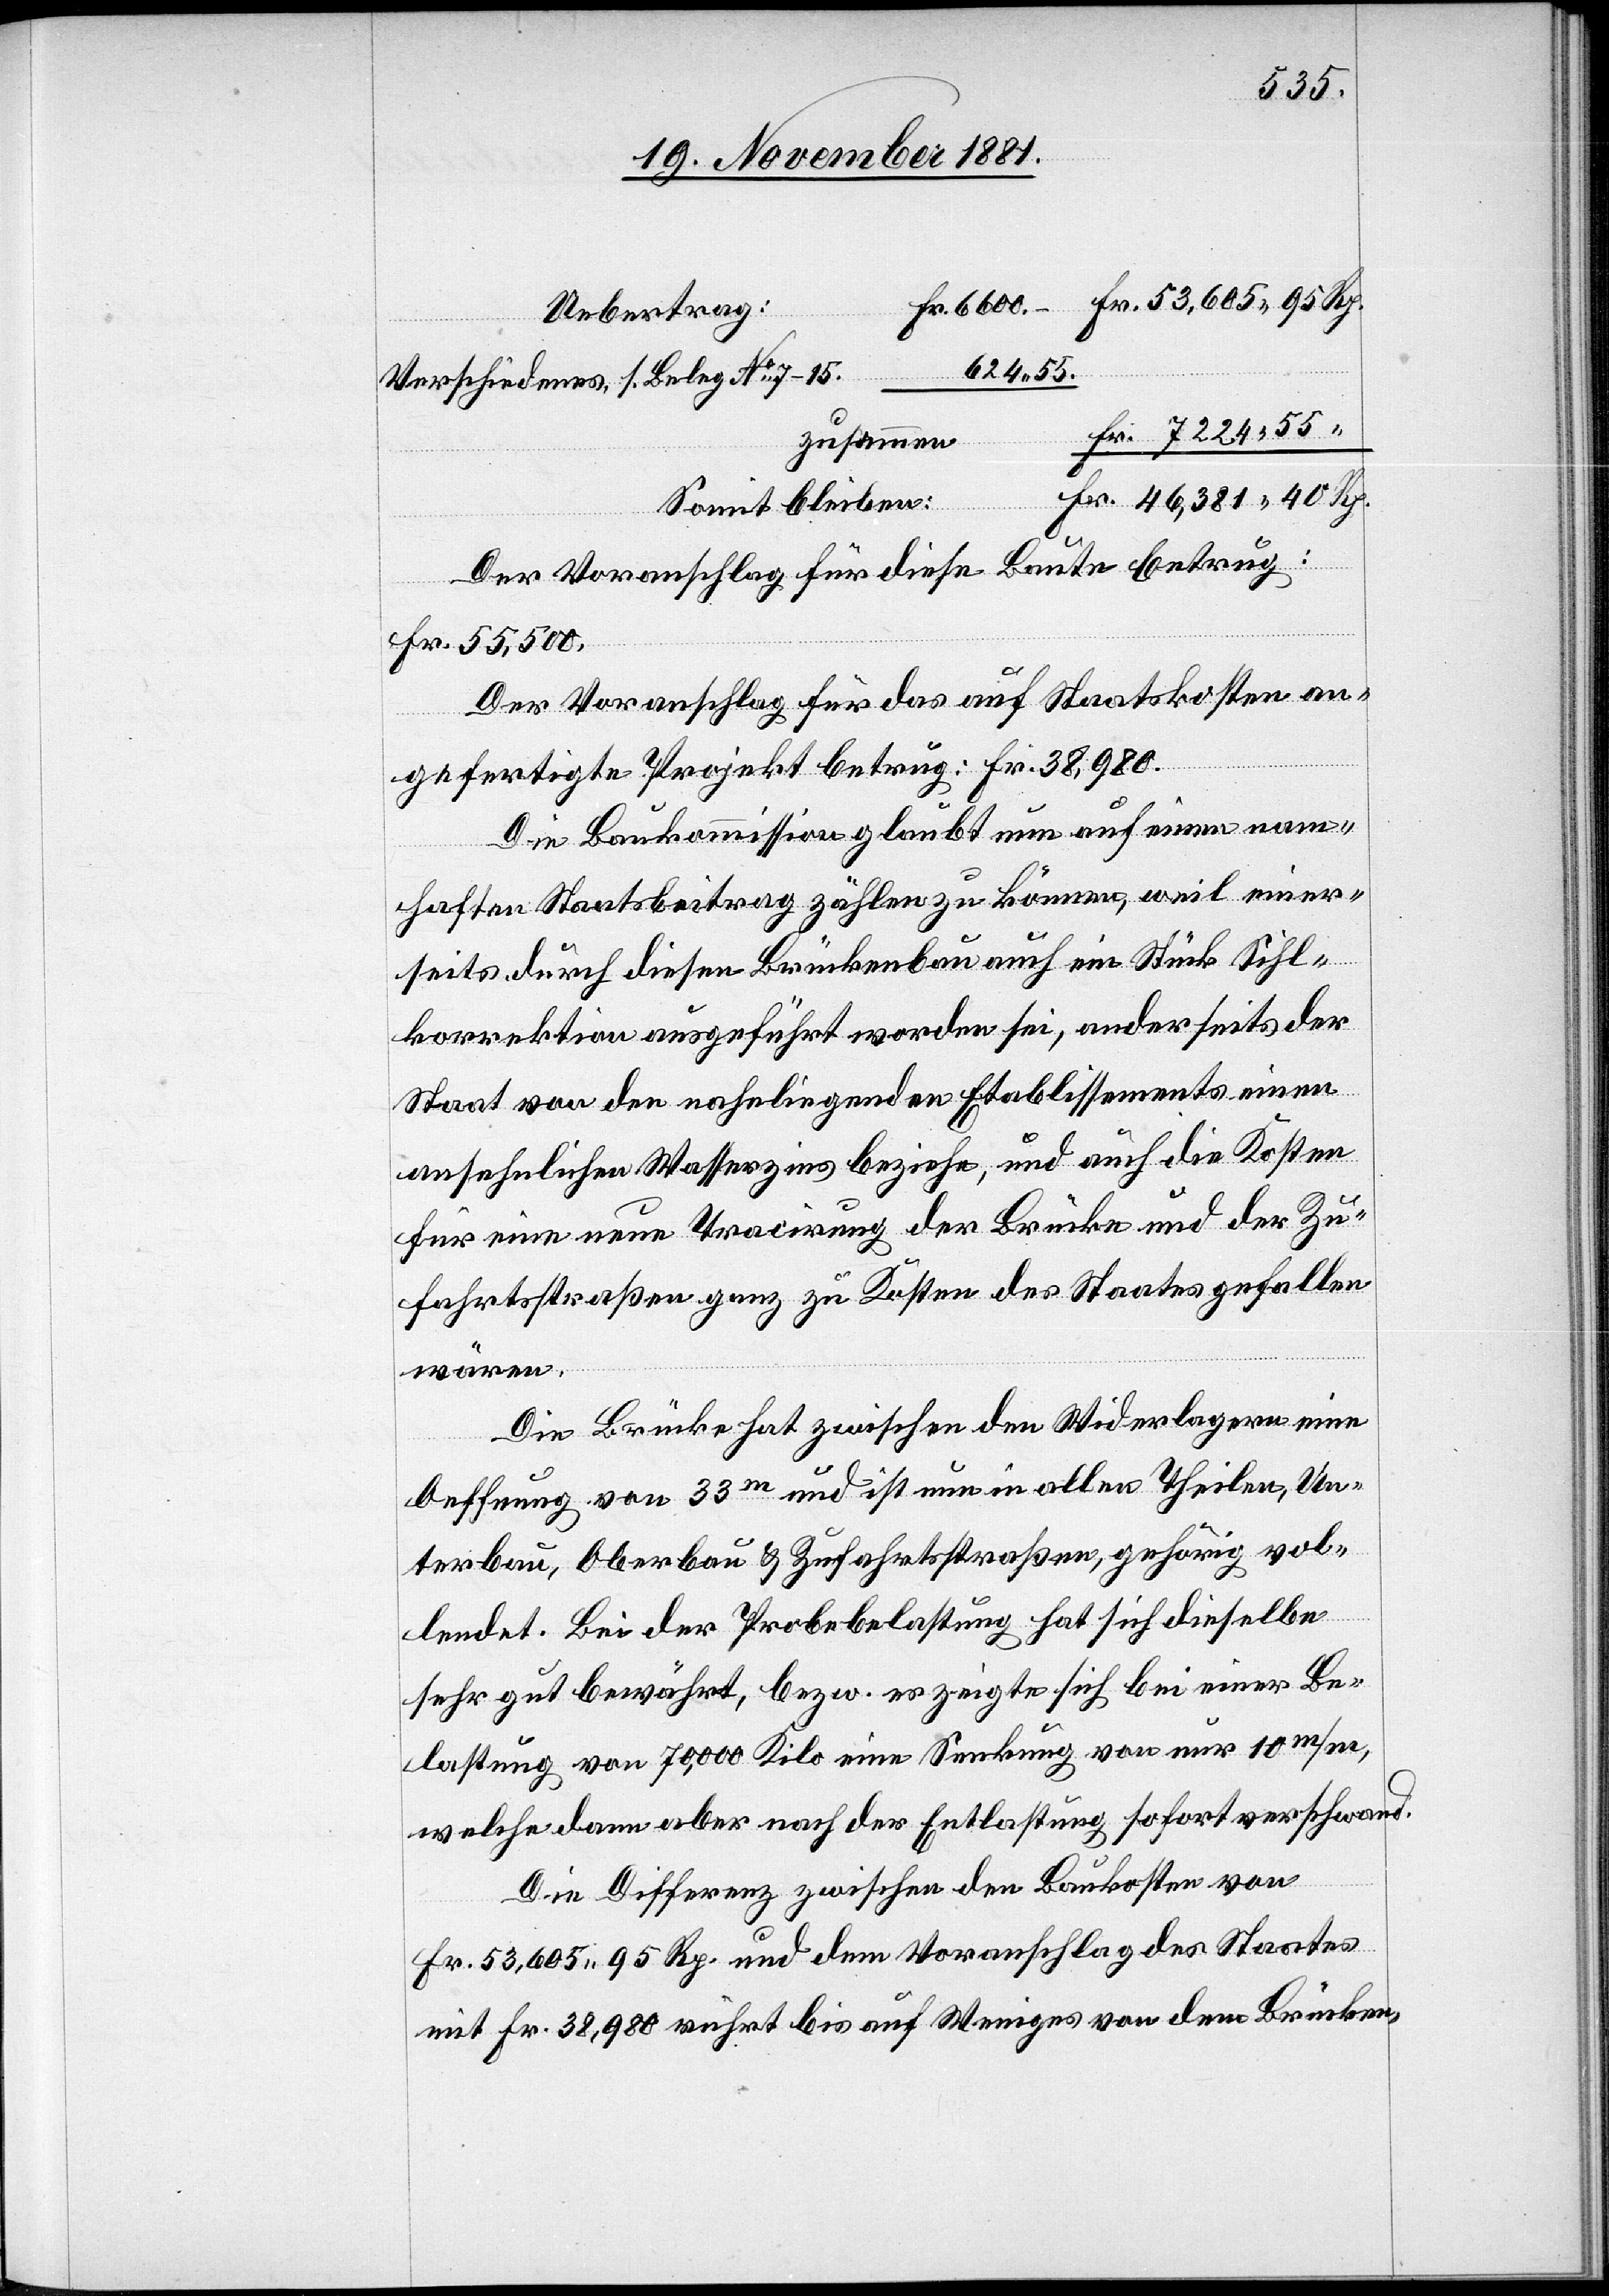
53,605 95 Rp.
r. 6600.
Uebertrag	F¬
624 55.
Verschiedenes, s. Beleg No 7–15
46,381 40 Rp.
Der Voranschlag für diese Baute betrug:
“
Fr. 55,500.
Der Voranschlag für das auf Staatskosten an¬
gefertigte Projekt betrug: Fr. 38,980.
Die Baukommission glaubt nun auf einen nam¬
haften Staatsbeitrag zählen zu können, weil einer¬
seits durch diesen Brückenbau auch ein Stück Sihl¬
korrektion ausgeführt worden sei, anderseits der
Staat von den naheliegenden Etablissements einen
ansehnlichen Wasserzins beziehe, und auch die Kosten
für eine neue Tracirung der Brücke und der Zu¬
fahrtsstraße ganz zu Kosten des Staats gefallen
wären.
Die Brücke hat zwischen den Widerlagern eine
Oeffnung von 33m und ist nun in allen Theilen, Un¬
terbau, Oberbau & Zufahrtsstraßen, gehörig vol¬
lendet. Bei der Probebelastung hat sich dieselbe
sehr gut bewährt, bezw. es zeigte sich bei einer Be¬
lastung von 70,000 Kilo eine Senkung von nur 10 m/m,
welche dann aber nach der Entlastung sofort verschwand.
Die Differenz zwischen den Baukosten von
Fr. 53,605 95 Rp. und dem Voranschlag des Staates
mit Fr. 38,980 rührt bis auf Weniges von dem Brücken-